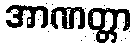
အာဏတ္တာ